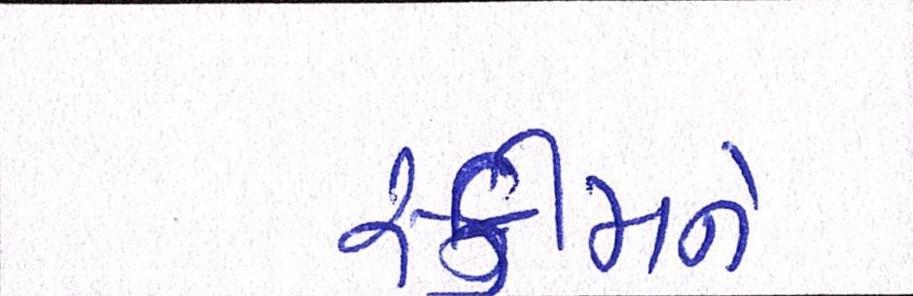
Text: સ્કીમને